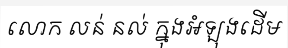
លោក លន់ នល់ ក្នុងអំឡុងដើម